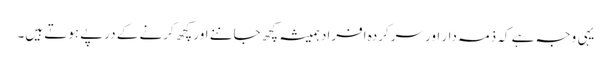
یہی وجہ ہے کہ ذمہ دار اور سرکردہ افراد ہمیشہ کچھ جاننے اور کچھ کرنے کے درپے ہوتے ہیں۔